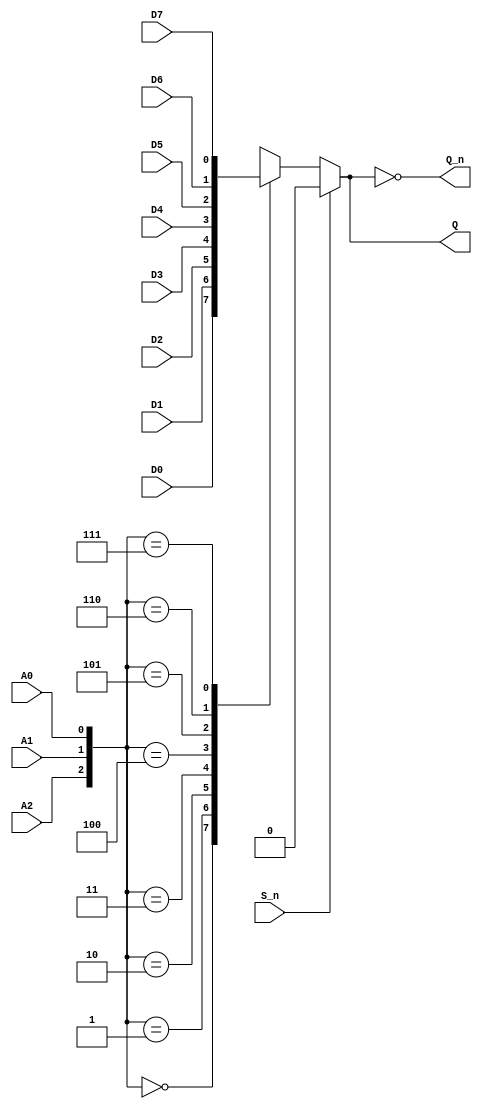
`timescale 1ns / 1ps
//////////////////////////////////////////////////////////////////////////////////
// Company: Xilinx
// 
// Design Name: digital_base_IP
// Module Name: mux_8_to_1
// Project Name: 74LS148
// Target Devices: Basys3
// Tool Versions: 
// Description: 
// 
// Dependencies: 
// 
// Revision:
// Revision 0.01 - File Created
// Additional Comments:
// 
//////////////////////////////////////////////////////////////////////////////////


module mux_8_to_1(
    input S_n,A2,A1,A0,D7,D6,D5,D4,D3,D2,D1,D0,
    output Q,Q_n
    );
    reg Q_r;
    wire [2:0]A;
    
    assign A = {A2,A1,A0};
    
    always@(*)begin
        if(S_n)
            Q_r <= 1'b0;
        else
            case(A)
                3'b000: Q_r <= D0;
                3'b001: Q_r <= D1;
                3'b010: Q_r <= D2;
                3'b011: Q_r <= D3;
                3'b100: Q_r <= D4;
                3'b101: Q_r <= D5;
                3'b110: Q_r <= D6;
                3'b111: Q_r <= D7;
            endcase
    end
        
    assign Q = Q_r;
    assign Q_n = ~Q;
    
endmodule